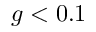
g < 0 . 1